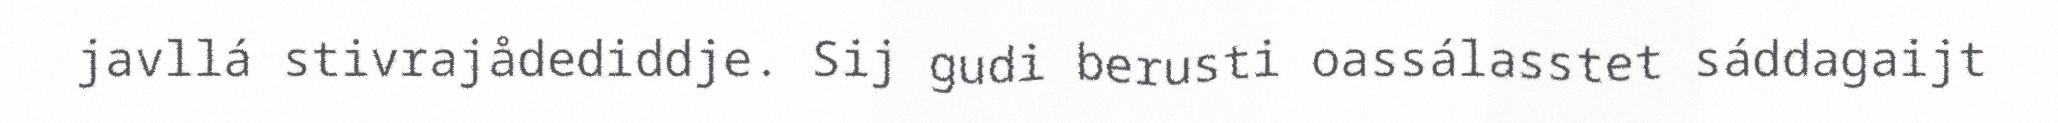
javllá stivrajådediddje. Sij gudi berusti oassálasstet sáddagaijt